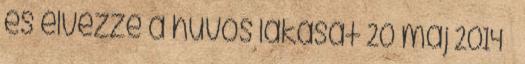
és élvezze a hűvös lakását 20 máj 2014